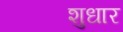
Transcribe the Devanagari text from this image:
शुधार